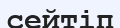
сейтіп